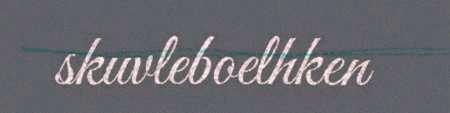
skuvleboelhken